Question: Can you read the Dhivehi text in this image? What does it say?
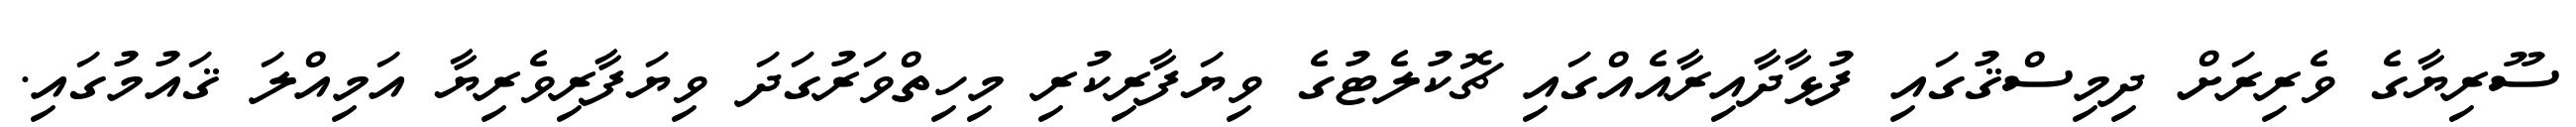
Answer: ސޫރިޔާގެ ވެރިރަށް ދިމިސްޤުގައި ފުޅާދާއިރާއެއްގައި ޗޮކުލެޓުގެ ވިޔަފާރިކުރި މިހިތްވަރުގަދަ ވިޔަފާރިވެރިޔާ އަމިއްލަ ޤައުމުގައި.